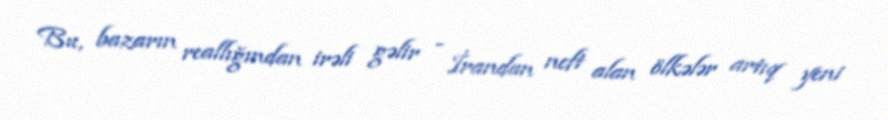
Bu, bazarın reallığından irəli gəlir - İrandan neft alan ölkələr artıq yeni